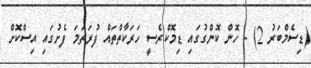
(ޑިސެމްބަރު 2) - ހޮން ކޮންގުގައި ޑިމޮކްރެސީ ހަރަކާތްތައް ފުރަތަމަ ފެށުގައި އިސްކޮށް